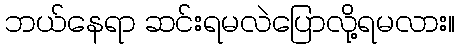
ဘယ်နေရာ ဆင်းရမလဲပြောလို့ရမလား။